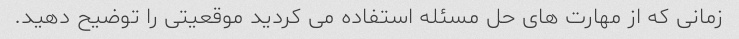
زمانی که از مهارت های حل مسئله استفاده می کردید موقعیتی را توضیح دهید.